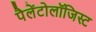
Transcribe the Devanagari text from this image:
पैलेंटोलॉजिस्ट